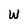
Character: W